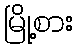
မြို့စား